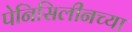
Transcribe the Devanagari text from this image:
पेनिसिलीनच्या